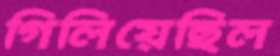
গিলিয়েছিল